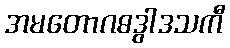
အမတောဂဓဒွါဒသကီ